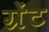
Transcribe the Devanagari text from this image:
ग्रेंट